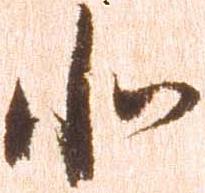
北